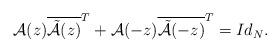
LaTeX: \begin{align*}\mathcal{A}(z) \overline{ \tilde{\mathcal{A}}(z) }^{T} + \mathcal{A}(- z) \overline{ \tilde{\mathcal{A}}(- z) }^{T} = Id_{N} .\end{align*}